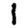
Digit: 1